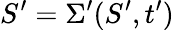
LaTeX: S^{\prime}=\Sigma^{\prime}(S^{\prime},t^{\prime})